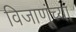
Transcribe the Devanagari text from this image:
विजाणूंच्या